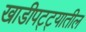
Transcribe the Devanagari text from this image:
खाडीपट्ट्यातील